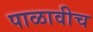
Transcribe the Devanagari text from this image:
पाळावीच